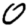
Digit: 0